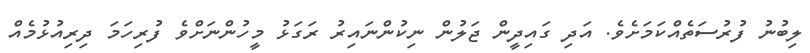
ލިބުނު ފުރުސަތެއްކަމަށެވެ. އަދި ގައިދީން ޖަލުން ނިކުންނައިރު ރަގަޅު މީހުންނަށްވެ ފުރިހަމަ ދިރިއުޅުމެއް